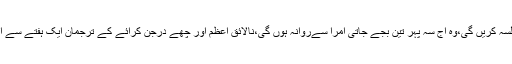
مسلم لیگ ن کی ترجمان مریم اورنگزیب کا کہناتھا کہ مریم نوازآج ہرصورت منڈی بہاؤالدین میں جلسہ کریں گی،وہ آج سہ پہر تین بجے جاتی امرا سےروانہ ہوں گی،نالائق اعظم اور چھے درجن کرائے کے ترجمان ایک ہفتے سے اس جلسے کے خوف میں مبتلا ہیں،آج پھرایک طرف عوام ہوں گے اور دوسری جانب فسطائی سوچ‎۔